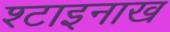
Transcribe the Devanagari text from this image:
श्टाइनाख